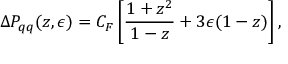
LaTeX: \Delta P _ { q q } ( z , \epsilon ) = C _ { F } \left[ \frac { 1 + z ^ { 2 } } { 1 - z } + 3 \epsilon ( 1 - z ) \right] ,